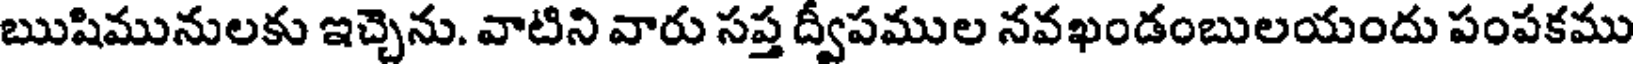
ఋషిమునులకు ఇచ్చెను. వాటిని వారు సప్త ద్వీపముల నవఖండంబులయందు పంపకము